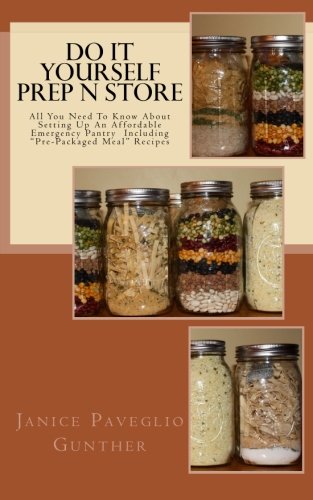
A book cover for Do It Yourself Prep N Store: Recipes & Prepping Ideas Made Easy; Janice Paveglio Gunther; Cookbooks, Food & Wine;